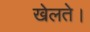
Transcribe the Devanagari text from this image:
खेलते।